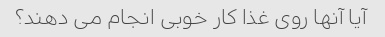
آیا آنها روی غذا کار خوبی انجام می دهند؟